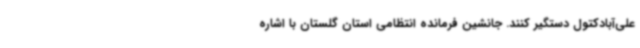
علی‌آبادکتول دستگیر کنند. جانشین فرمانده انتظامی استان گلستان با اشاره